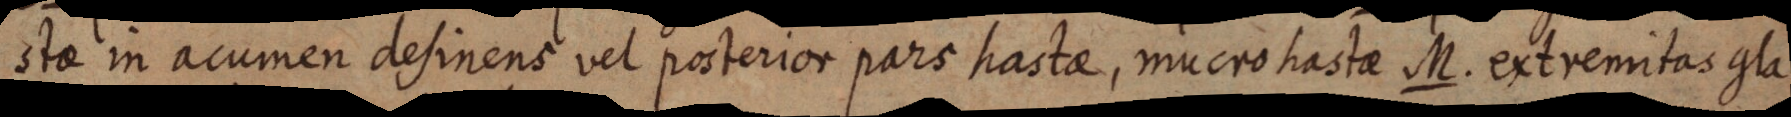
stae in acumen desinens vel posterior pars hastae, macro hastae M. extremitas gla